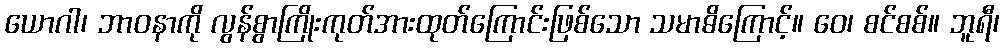
ယောဂါ၊ ဘာဝနာကို လွန်စွာကြိုးကုတ်အားထုတ်ကြောင်းဖြစ်သော သမာဓိကြောင့်။ ဝေ၊ စင်စစ်။ ဘူရီ၊